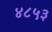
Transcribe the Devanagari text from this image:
४८५३